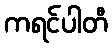
ကရင်ပါတီ